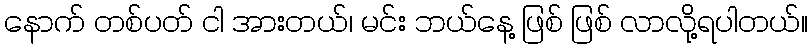
နောက် တစ်ပတ် ငါ အားတယ်၊ မင်း ဘယ်နေ့ ဖြစ် ဖြစ် လာလို့ရပါတယ်။